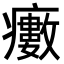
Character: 𤻺